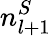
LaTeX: n_{l+1}^{S}